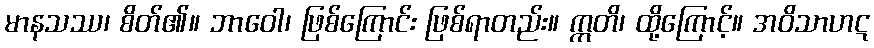
မာနသဿ၊ စိတ်၏။ ဘာဝေါ၊ ဖြစ်ကြောင်း ဖြစ်ရာတည်း။ ဣတိ၊ ထို့ကြောင့်။ အဝိသာဟဋ